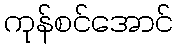
ကုန်စင်အောင်